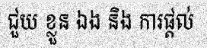
ជួយ ខ្លួន ឯង និង ការផ្តល់